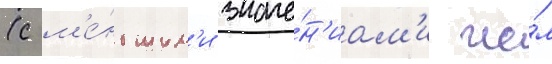
(с м'е́ньшим'и значе́н'иам'и че́м